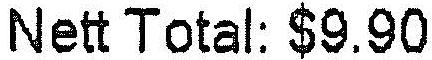
NETT TOTAL: $9.90